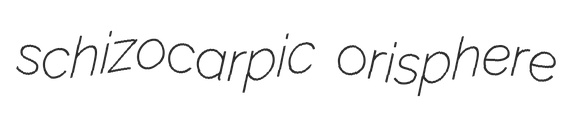
schizocarpic orisphere